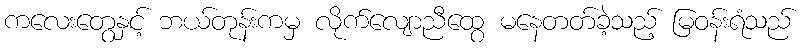
ကလေးတွေနှင့် ဘယ်တုန်းကမှ လိုက်လျောညီထွေ မနေတတ်ခဲ့သည့် မြဝန်းရံသည်